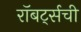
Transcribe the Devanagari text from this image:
रॉबर्ट्सची